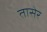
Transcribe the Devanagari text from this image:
तासेर